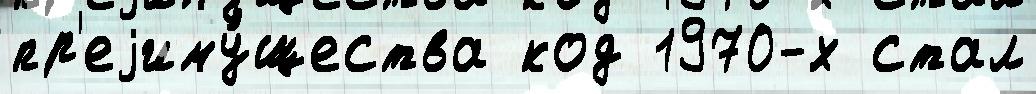
пр'еjиму́щества код 1970-х стал